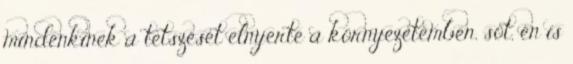
mindenkinek a tetszését elnyerte a környezetemben, sőt, én is